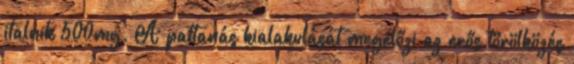
italnik 500mg. A pattanás kialakulását megelőzi az erős törölközés